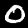
Digit: 0